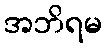
အဘိရမ